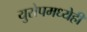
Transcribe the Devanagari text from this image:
युरोपमध्येही